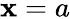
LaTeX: \mathbf{x}=a